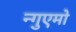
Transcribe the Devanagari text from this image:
न्गुएमो